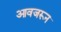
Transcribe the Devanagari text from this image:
आवजरून